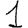
Digit: 1